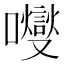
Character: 𡄕